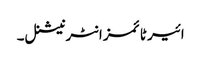
ائیر ٹائمز انٹرنیشنل۔